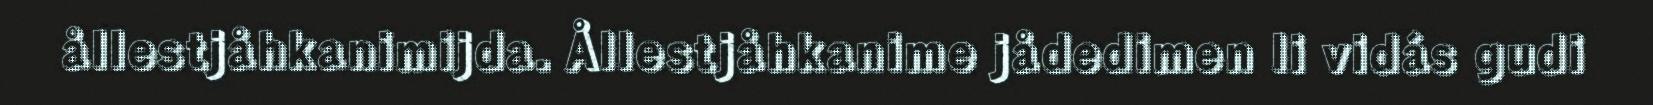
ållestjåhkanimijda. Ållestjåhkanime jådedimen li vidás gudi